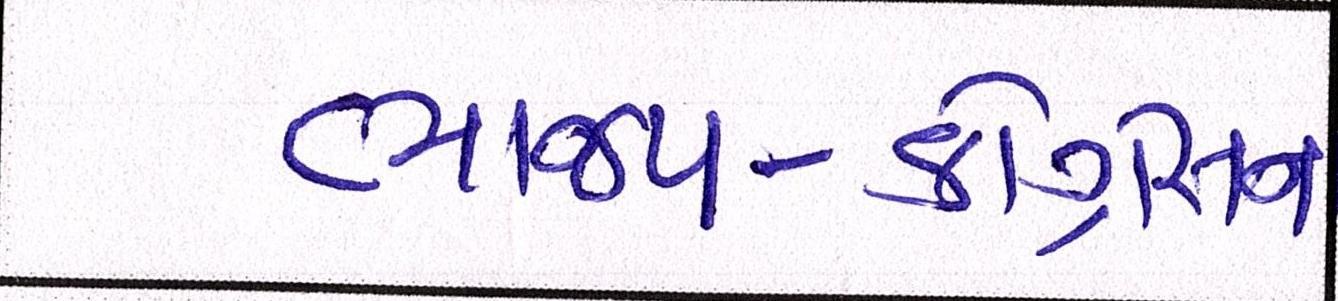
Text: ભાજપ-કોંગ્રેસના